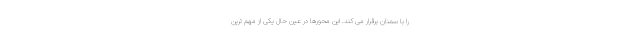
را با سمنان برقرار می کند. این محورها در عین حال یکی از مهم ترین